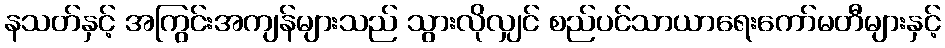
နသတ်နှင့် အကြွင်းအကျန်များသည် သွားလိုလျှင် စည်ပင်သာယာရေးကော်မတီများနှင့်